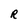
Character: R